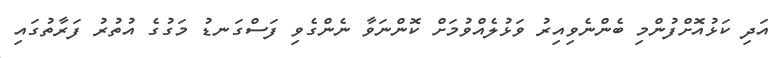
އަދި ކަޅުއޮށްފުންމި ބެންނެވިއިރު ވަޅުލެއްވުމަށް ކޮންނަވާ ނެންގެވި ފަސްގަނޑު މަގުގެ އުތުރު ފަރާތުގައި